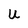
Character: U